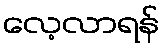
လေ့လာရန်